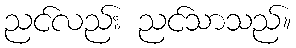
ညင်လည်း ညင်သာသည်။